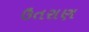
ઉતરાણ